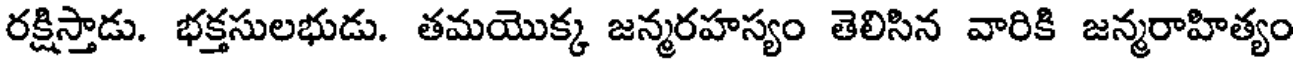
రక్షిస్తాడు. భక్తసులభుడు. తమయొక్క జన్మరహస్యం తెలిసిన వారికి జన్మరాహిత్యం